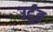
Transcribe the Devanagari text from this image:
उर्दूंत